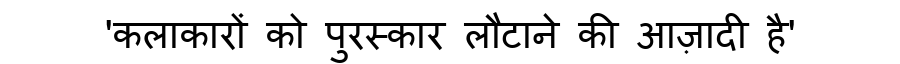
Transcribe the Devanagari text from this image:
'कलाकारों को पुरस्कार लौटाने की आज़ादी है'